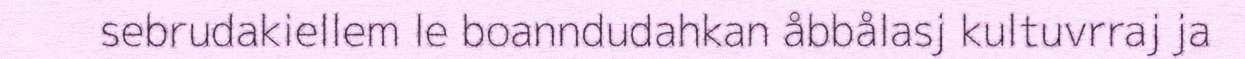
sebrudakiellem le boanndudahkan åbbålasj kultuvrraj ja